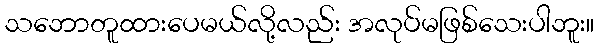
သဘောတူထားပေမယ်လို့လည်း အလုပ်မဖြစ်သေးပါဘူး။